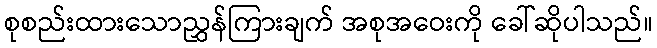
စုစည်းထားသောညွှန်ကြားချက် အစုအဝေးကို ခေါ်ဆိုပါသည်။